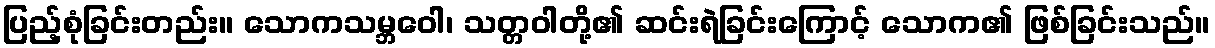
ပြည့်စုံခြင်းတည်း။ သောကသမ္ဘဝေါ၊ သတ္တဝါတို့၏ ဆင်းရဲခြင်းကြောင့် သောက၏ ဖြစ်ခြင်းသည်။